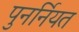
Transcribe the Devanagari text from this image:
पुनर्नियत